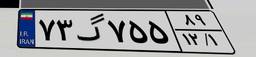
۷۳گ۷۵۵۸۹